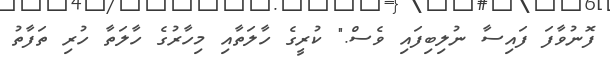
ފޮނުވާފަ ފައިސާ ނުލިބިފައި ވެސް." ކުރީގެ ހާލަތާއި މިހާރުގެ ހާލަތާ ހުރި ތަފާތު